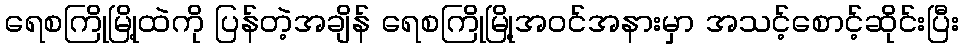
ရေစကြိုမြို့ထဲကို ပြန်တဲ့အချိန် ရေစကြိုမြို့အဝင်အနားမှာ အသင့်စောင့်ဆိုင်းပြီး